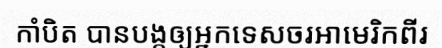
កាំបិត បានបង្កឲ្យអ្នកទេសចរអាមេរិកពីរ